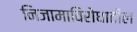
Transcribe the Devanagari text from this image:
निजामाविरोधातील